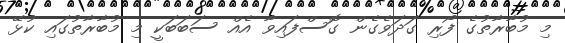
މި މުބާރާތުގެ ފޯރި ގަދަވެގެން ގޮސްފައިވާ އެއް ސަބަބަކީ މި މުބާރާތުގައި ކުޅޭ